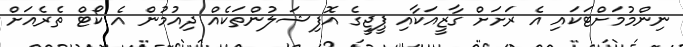
ނިންމުމަށްޓަކައި އެ ރަށަށް ގާޒީއަކާއި ޕީޖީގެ އޮފިޝަލުންތަކެއް ދިއުމުން އެ ކޯޓް ތެރެއަށް